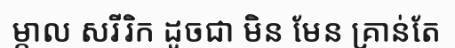
ម្កាល សរីរិក ដូចជា មិន មែន គ្រាន់តែ